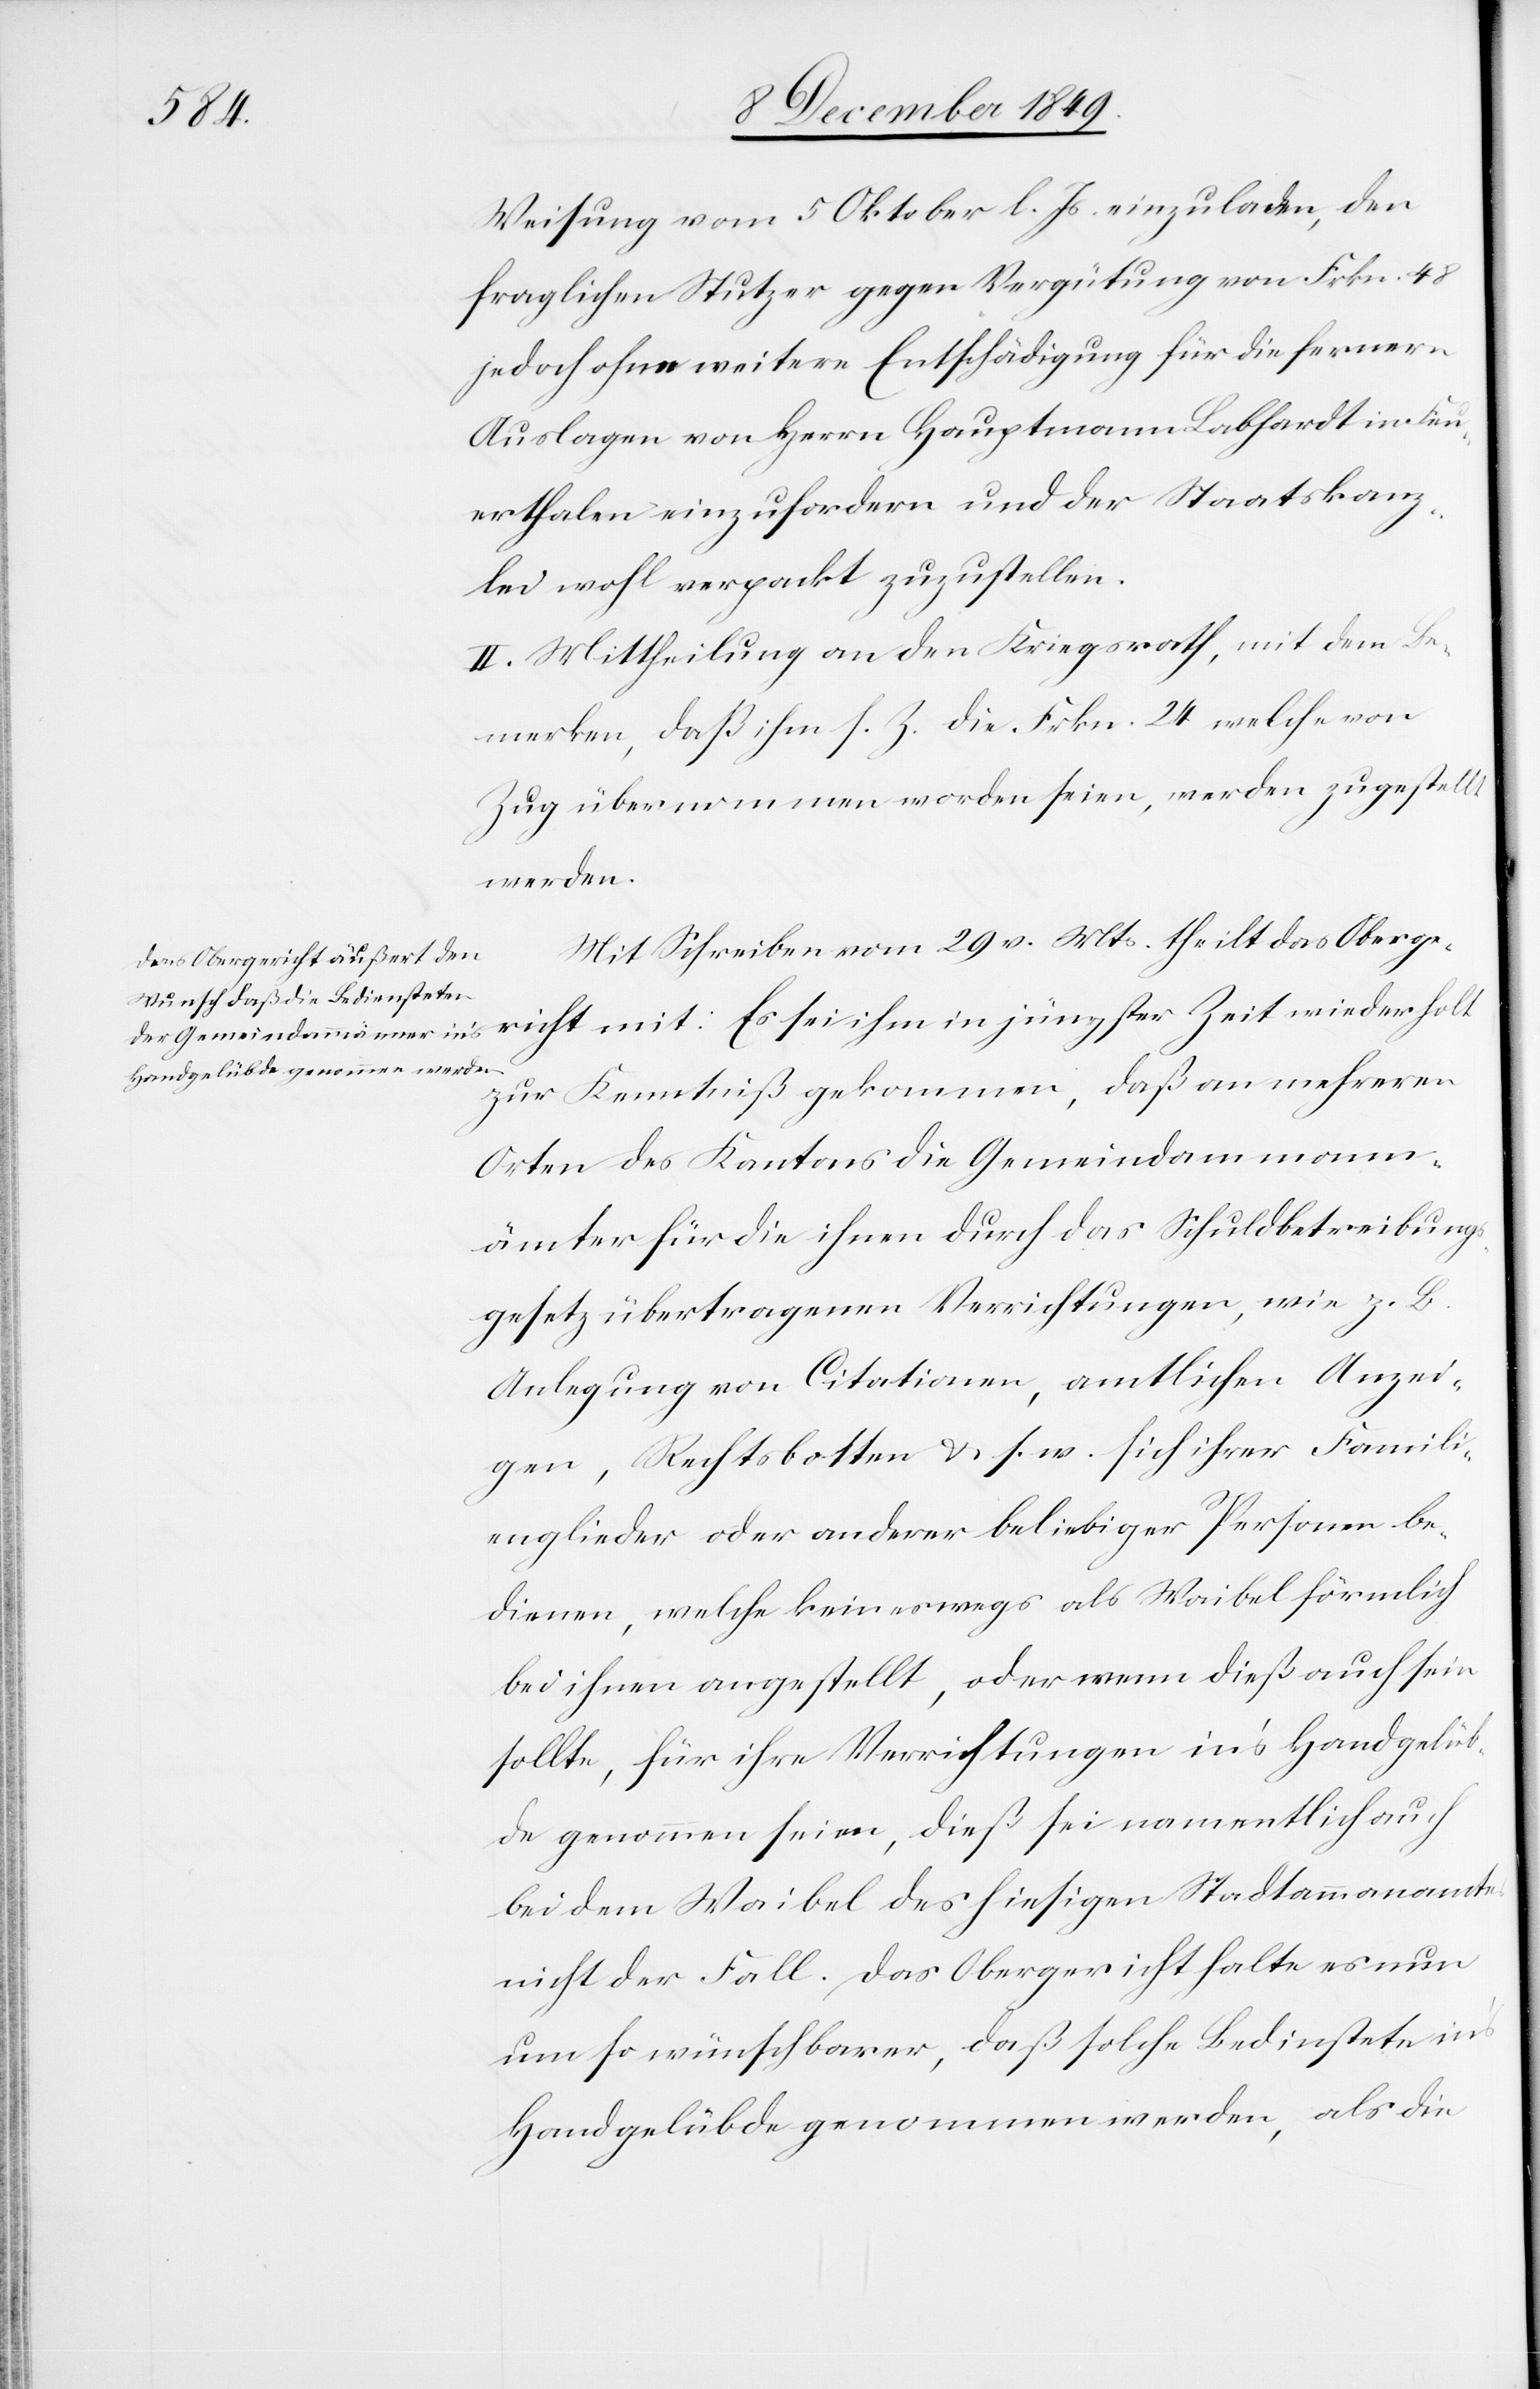
Weisung vom 5 Oktober l. Js. einzuladen, den
fraglichen Stutzer gegen Vergütung von Frkn. 48
jedoch ohne weitere Entschädigung für die fernern
Auslagen von Herrn Hauptmann Labhardt in Feu¬
erthalen einzufordern und der Staatskanz¬
lei wohl verpackt zuzustellen.
II. Mittheilung an den Kriegsrath, mit dem Be¬
merken, daß ihm s. Z. die Frkn. 24 welche von
Zug übernommen worden seien, werden zugestellt
werden.
Mit Schreiben vom 29 v. Mts. theilt das Oberge¬
richt mit: Es sei ihm in jüngster Zeit wiederholt
zur Kenntniß gekommen, daß an mehreren
Orten des Kantons die Gemeindammann¬
ämter für die ihnen durch das Schuldbetreibungs¬
gesetz übertragenen Verrichtungen, wie z. B.
Anlegung von Citationen, amtlichen Anzei¬
gen, Rechtsbotten u. s. w. sich ihrer Famili¬
englieder oder anderer beliebiger Personen be¬
dienen, welche keineswegs als Waibel förmlich
bei ihnen angestellt, oder wenn dieß auch sein
sollte, für ihre Verrichtungen in’s Handgelüb¬
de genommen seien, dieß sei namentlich auch
bei dem Waibel des hiesigen Stadtammannamtes
nicht der Fall. Das Obergericht halte es nun
um so wünschbarer, daß solche Bedienstete in’s
Handgelübde genommen werden, als die